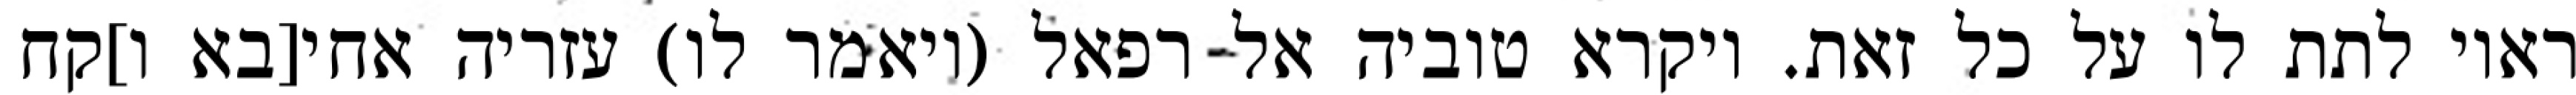
ראוי לתת לו על כל זאת. ויקרא טוביה אל רפאל (ויאמר לו) עזריה אחי[בא ו]קח